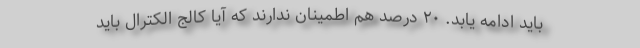
باید ادامه یابد. ۲۰ درصد هم اطمینان ندارند که آیا کالج الکترال باید